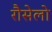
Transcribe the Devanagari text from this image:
रौसेलो